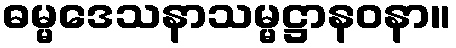
ဓမ္မဒေသနာသမ္မဋ္ဌာနဝနာ။